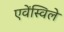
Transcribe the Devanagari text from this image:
एवेंस्विले